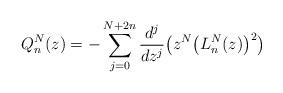
LaTeX: \begin{align*} Q_{n}^{N}(z)=-\sum_{j=0}^{N+2n}\frac{d^{j}}{dz^{j}}\big( z^{N}\big( L_{n}^{N}(z) \big) ^{2}\big) \end{align*}